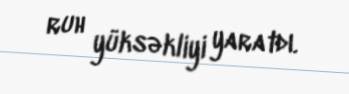
ruh yüksəkliyi yaratdı.